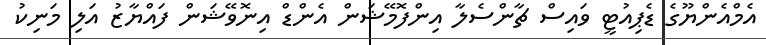
އެމްއެންޔޫގެ ޑެޕިއުޓީ ވައިސް ޗާންސެލާ އިންފޮމޭޝަން އެންޑް އިނޮވޭޝަން ފައްޔާޒު އަލި މަނިކު